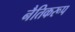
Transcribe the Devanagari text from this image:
नैतिकरूप